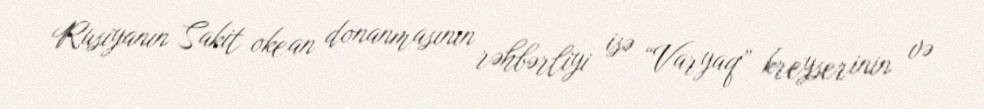
Rusiyanın Sakit okean donanmasının rəhbərliyi isə “Varyaq” kreyserinin və